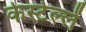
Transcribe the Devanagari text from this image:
केस्टेल्लें